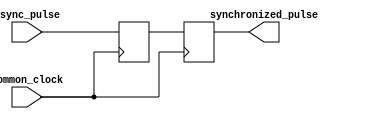
module PulseSynchronizer (
    input wire async_pulse,
    input wire common_clock,
    output reg synchronized_pulse
);

reg async_pulse_ff;
always @(posedge common_clock) begin
    async_pulse_ff <= async_pulse;
end

always @(posedge common_clock) begin
    synchronized_pulse <= async_pulse_ff;
end

endmodule